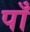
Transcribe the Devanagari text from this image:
पाँ